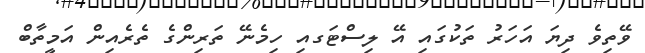
ވޭތިވެ ދިޔަ އަހަރު ތަކުގައި އޭ ލިސްޓަގއި ހިމެނޭ ތަރިންގެ ތެރެއިން އަމީތާބް